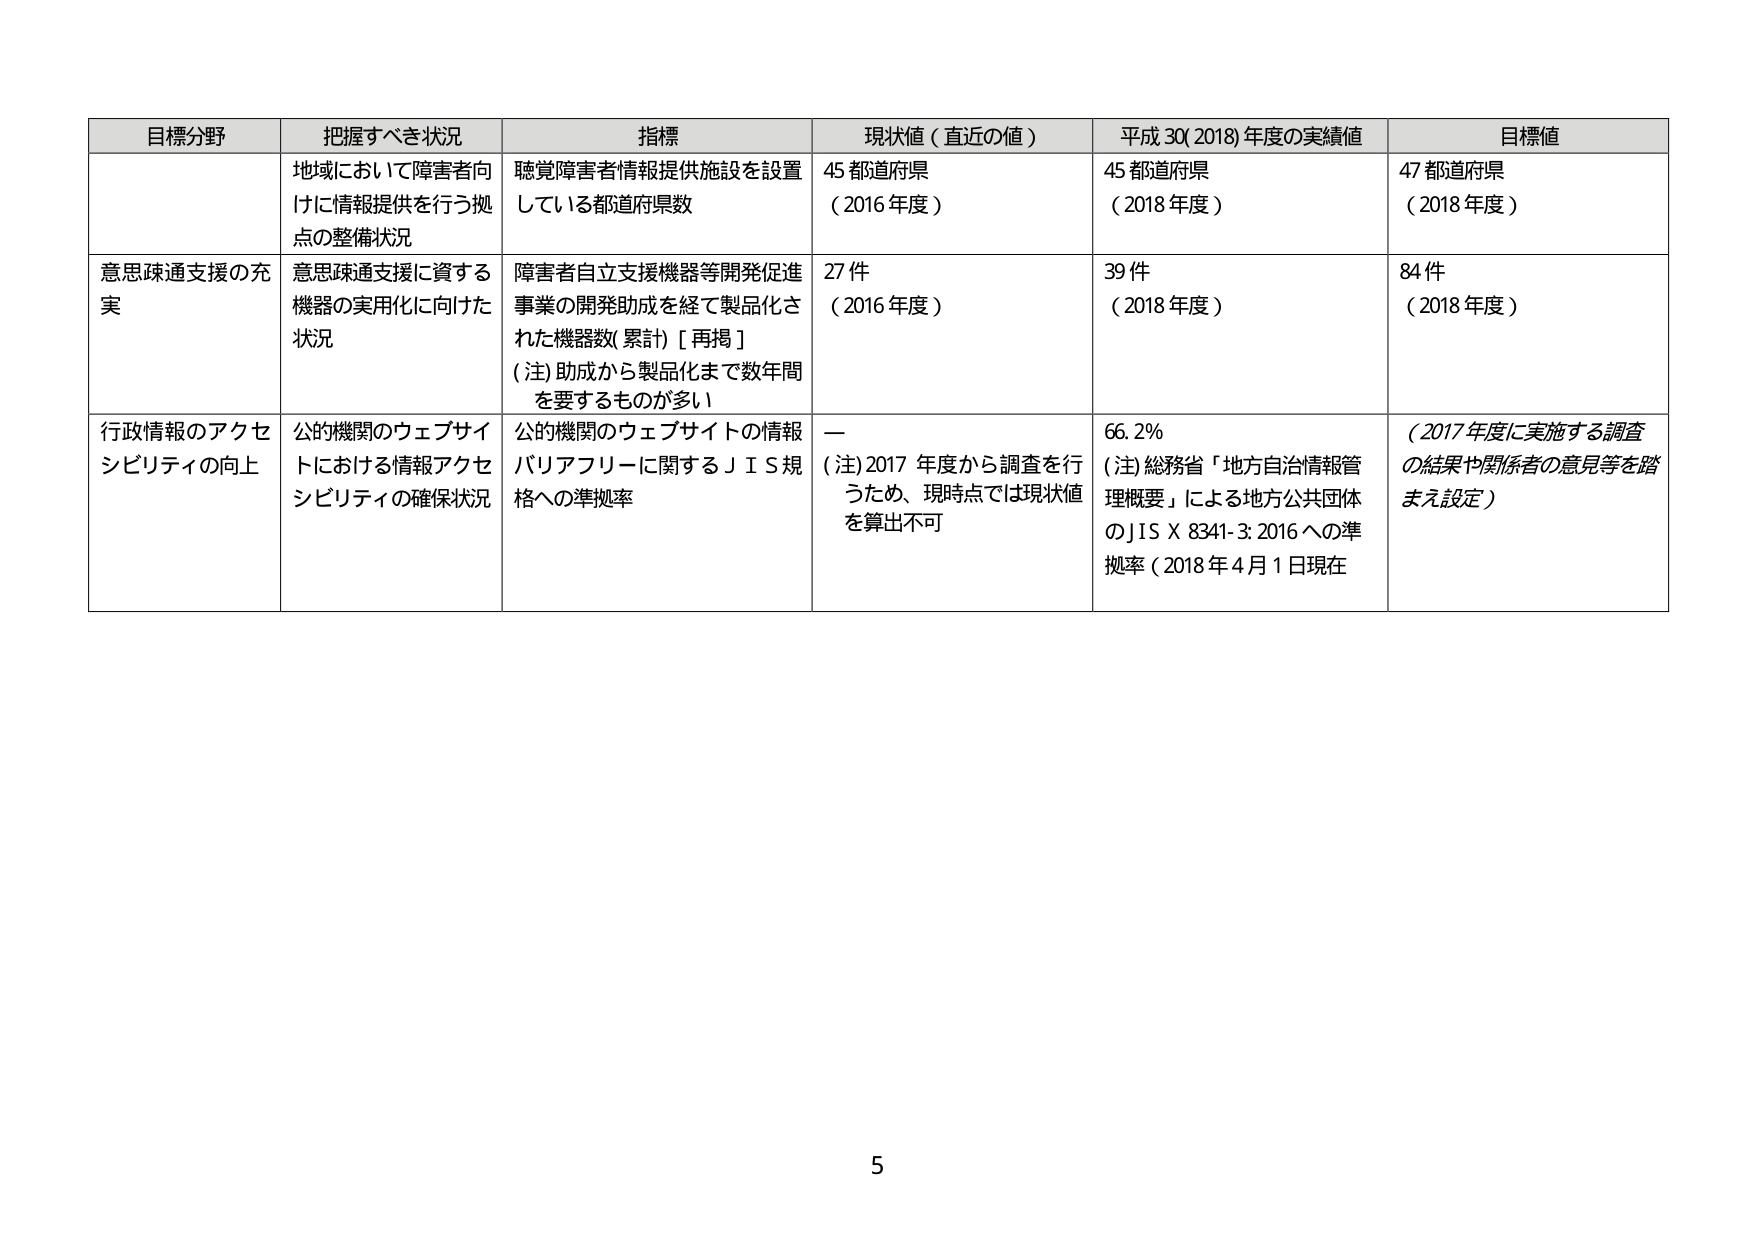
目標分野 把握すべき状況 指標 現状値（直近の値） 平成30(2018)年度の実績値 目標値
地域において障害者向けに情報提供を行う拠点の整備状況 聴覚障害者情報提供施設を設置している都道府県数 45都道府県（2016年度） 45都道府県（2018年度） 47都道府県（2018年度）
意思疎通支援の充実 意思疎通支援に資する機器の実用化に向けた状況 障害者自立支援機器等開発促進事業の開発助成を経て製品化された機器数(累計)[再掲]（注）助成から製品化まで数年間を要するものが多い 27件（2016年度） 39件（2018年度） 84件（2018年度）
行政情報のアクセシビリティの向上 公的機関のウェブサイトにおける情報アクセシビリティの確保状況 公的機関のウェブサイトの情報バリアフリーに関するＪＩＳ規格への準拠率 —（注）2017年度から調査を行うため、現時点では現状値を算出不可 66.2%（注）総務省「地方自治情報管理概要」による地方公共団体のＪＩＳＸ8341-3:2016への準拠率（2018年4月1日現在） （2017年度に実施する調査の結果や関係者の意見等を踏まえ設定）
5